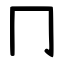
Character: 冂